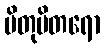
ပိတုပိတရော